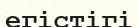
егістігі